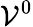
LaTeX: \mathcal{V}^{0}